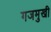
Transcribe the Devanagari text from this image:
गजमुखी